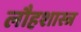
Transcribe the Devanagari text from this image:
लौहशास्त्र